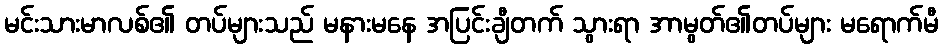
မင်းသားမာလစ်၏ တပ်များသည် မနားမနေ အပြင်းချီတက် သွားရာ အာမွတ်၏တပ်များ မရောက်မီ